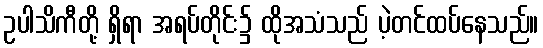
ဥပါသိကီတို့ ရှိရာ အရပ်တိုင်း၌ ထိုအသံသည် ပဲ့တင်ထပ်နေသည်။